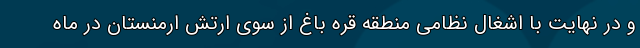
و در نهایت با اشغال نظامی منطقه قره باغ از سوی ارتش ارمنستان در ماه